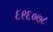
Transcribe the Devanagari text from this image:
६९६०७८